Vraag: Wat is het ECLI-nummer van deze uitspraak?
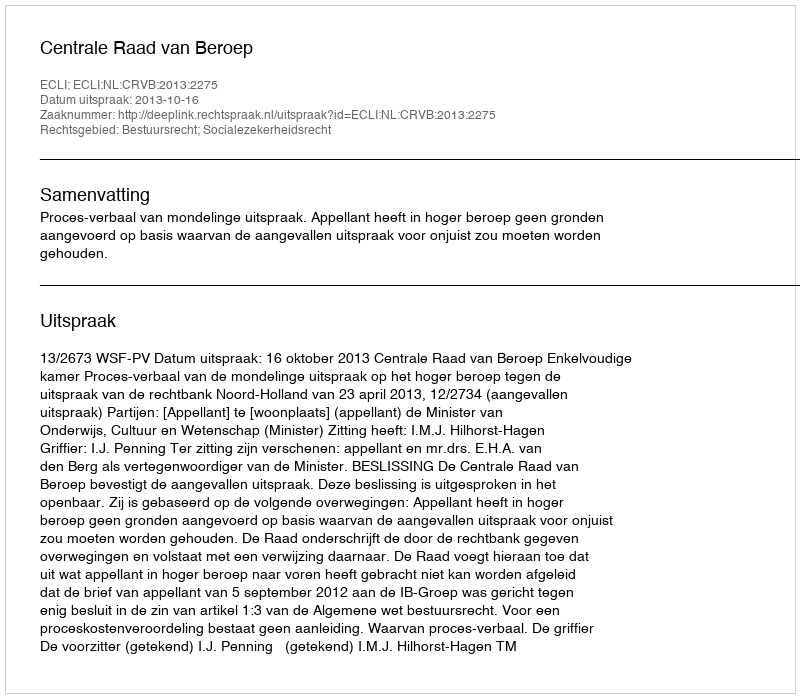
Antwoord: ECLI:NL:CRVB:2013:2275